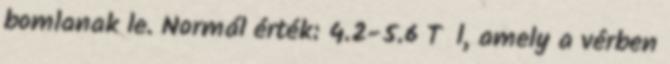
bomlanak le. Normál érték: 4.2-5.6 T l, amely a vérben